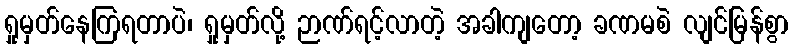
ရှုမှတ်နေကြရတာပဲ၊ ရှုမှတ်လို့ ဉာဏ်ရင့်လာတဲ့ အခါကျတော့ ခဏမစဲ လျင်မြန်စွာ